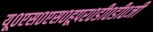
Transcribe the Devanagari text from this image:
यू०एस०एस०हूपर०डी०डी०जी